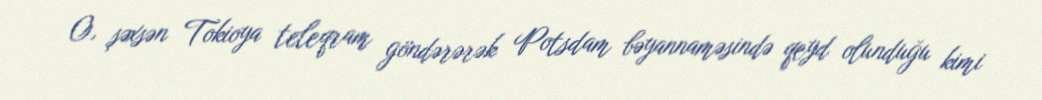
O, şəxsən Tokioya teleqram göndərərək Potsdam bəyannaməsində qeyd olunduğu kimi